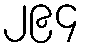
၂၉၄